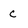
Character: C